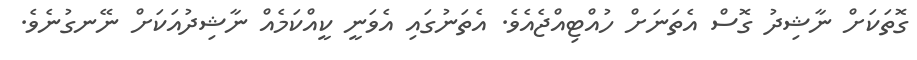
ގޮތަކަށް ނާޝިދު ގޮސް އެތަނަށް ހުއްޓިއްޖެއެވެ. އެތަނުގައި އެވަނީ ކީއްކަމެއް ނާޝިދުއަކަށް ނޭނގުނެވެ.